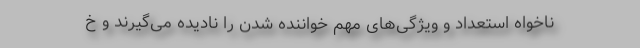
ناخواه استعداد و ویژگی‌های مهم خواننده شدن را نادیده می‌گیرند و خ